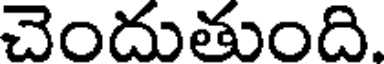
చెందుతుంది.